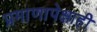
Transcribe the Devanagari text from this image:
प्रमाणापेक्षाही